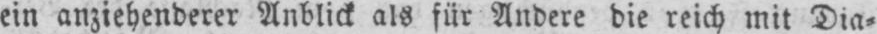
ein anziehenderer Anblick als für Andere die reich mit Dia⸗